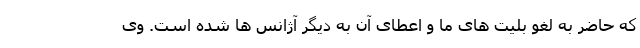
که حاضر به لغو بلیت های ما و اعطای آن به دیگر آژانس ها شده است. وی